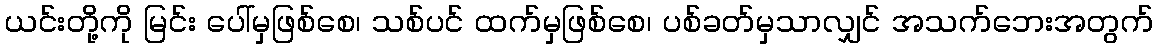
ယင်းတို့ကို မြင်း ပေါ်မှဖြစ်စေ၊ သစ်ပင် ထက်မှဖြစ်စေ၊ ပစ်ခတ်မှသာလျှင် အသက်ဘေးအတွက်